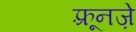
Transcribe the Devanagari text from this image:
फ़्रूनज़े